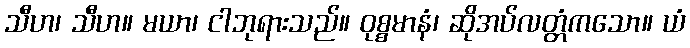
သီဟ၊ သီဟ။ မယာ၊ ငါဘုရားသည်။ ဝုစ္စမာနံ၊ ဆိုအပ်လတ္တံကသော။ ယံ